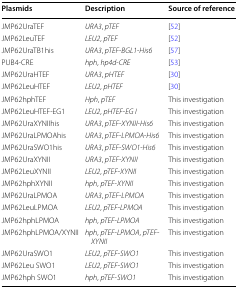
<table><thead><tr><td><b>Plasmids</b></td><td><b>Description</b></td><td><b>Source of reference</b></td></tr></thead><tbody><tr><td>JMP62UraTEF</td><td><i>URA3</i>, <i>pTEF</i></td><td>[52]</td></tr><tr><td>JMP62LeuTEF</td><td><i>LEU2</i>, <i>pTEF</i></td><td>[52]</td></tr><tr><td>JMP62UraTB1his</td><td><i>URA3</i>, <i>pTEF</i>-<i>BGL1</i>-<i>His6</i></td><td>[57]</td></tr><tr><td>PUB4-CRE</td><td><i>hph</i>, <i>hp4d</i>-<i>CRE</i></td><td>[53]</td></tr><tr><td>JMP62UraHTEF</td><td><i>URA3</i>, <i>pHTEF</i></td><td>[30]</td></tr><tr><td>JMP62LeuHTEF</td><td><i>LEU2</i>, <i>pHTEF</i></td><td>[30]</td></tr><tr><td>JMP62hphTEF</td><td><i>Hph</i>, <i>pTEF</i></td><td>This investigation</td></tr><tr><td>JMP62LeuHTEF-EG1</td><td><i>LEU2</i>, <i>pHTEF</i>-<i>EG I</i></td><td>This investigation</td></tr><tr><td>JMP62UraXYNIIhis</td><td><i>URA3</i>, <i>pTEF</i>-<i>XYNII</i>-<i>His6</i></td><td>This investigation</td></tr><tr><td>JMP62UraLPMOAhis</td><td><i>URA3</i>, <i>pTEF</i>-<i>LPMOA</i>-<i>His6</i></td><td>This investigation</td></tr><tr><td>JMP62UraSWO1his</td><td><i>URA3</i>, <i>pTEF</i>-<i>SWO1</i>-<i>His6</i></td><td>This investigation</td></tr><tr><td>JMP62UraXYNII</td><td><i>URA3</i>, <i>pTEF</i>-<i>XYNII</i></td><td>This investigation</td></tr><tr><td>JMP62LeuXYNII</td><td><i>LEU2</i>, <i>pTEF</i>-<i>XYNII</i></td><td>This investigation</td></tr><tr><td>JMP62hphXYNII</td><td><i>hph</i>, <i>pTEF</i>-<i>XYNII</i></td><td>This investigation</td></tr><tr><td>JMP62UraLPMOA</td><td><i>URA3</i>, <i>pTEF</i>-<i>LPMOA</i></td><td>This investigation</td></tr><tr><td>JMP62LeuLPMOA</td><td><i>LEU2</i>, <i>pTEF</i>-<i>LPMOA</i></td><td>This investigation</td></tr><tr><td>JMP62hphLPMOA</td><td><i>hph</i>, <i>pTEF</i>-<i>LPMOA</i></td><td>This investigation</td></tr><tr><td>JMP62hphLPMOA/XYNII</td><td><i>hph</i>, <i>pTEF</i>-<i>LPMOA</i>, <i>pTEF</i>-<i>XYNII</i></td><td>This investigation</td></tr><tr><td>JMP62UraSWO1</td><td><i>LEU2</i>, <i>pTEF</i>-<i>SWO1</i></td><td>This investigation</td></tr><tr><td>JMP62Leu SWO1</td><td><i>LEU2</i>, <i>pTEF</i>-<i>SWO1</i></td><td>This investigation</td></tr><tr><td>JMP62hph SWO1</td><td><i>hph</i>, <i>pTEF</i>-<i>SWO1</i></td><td>This investigation</td></tr></tbody></table>